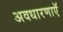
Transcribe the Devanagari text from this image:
अवधारणाएॅ